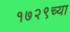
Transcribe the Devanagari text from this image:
१७२९च्या